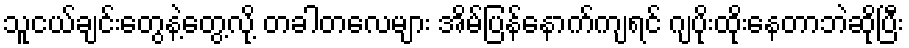
သူငယ်ချင်းတွေနဲ့တွေ့လို့ တခါတလေများ အိမ်ပြန်နောက်ကျရင် ဂျပိုးထိုးနေတာဘဲဆိုပြီး